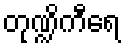
တုဏ္ဍိကီရေ